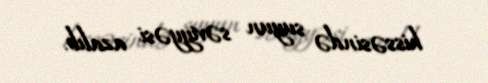
hissəsində suyun səviyyəsi azalıb.